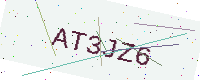
Text: AT3JZ6